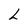
Character: L